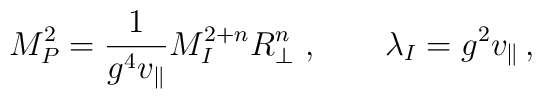
M_P^2=\frac{1}{g^4 v_\parallel}M_I^{2+n}R_\perp^n\ ,\qquad\lambda_I =g^2 v_\parallel\, ,